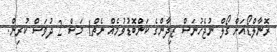
ރޮނާލްޑޯއަށް ގޯލް ނުޖެހުނަސް ޒިދާންގެ ކަންބޮޑުވުމެއް ނެތް1 މަސް 2 ދުވަސް ކުރިން.